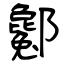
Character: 酁